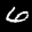
Label: 6